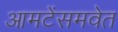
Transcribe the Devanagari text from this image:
आमटेंसमवेत